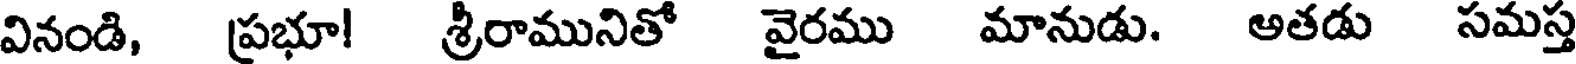
వినండి, (ప్రభూ! శ్రీరామునితో వైరము మానుడు. అతడు సమస్త